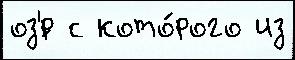
оз'́р с кото́рого из